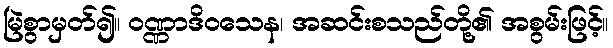
မြဲစွာမှတ်၍။ ဝဏ္ဏာဒိဝသေန၊ အဆင်းစသည်တို့၏ အစွမ်းဖြင့်။